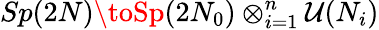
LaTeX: Sp(2N)\toSp(2N_{0})\otimes_{i=1}^{n}\mathcal{U}(N_{i})